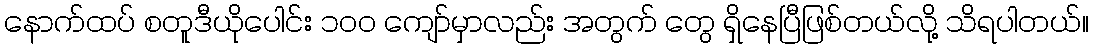
နောက်ထပ် စတူဒီယိုပေါင်း ၁၀၀ ကျော်မှာလည်း အတွက် တွေ ရှိနေပြီဖြစ်တယ်လို့ သိရပါတယ်။